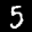
Label: 5